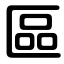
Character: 區